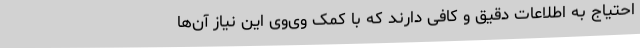
احتیاج به اطلاعات دقیق و کافی دارند که با کمک وی‌وی این نیاز آن‌ها